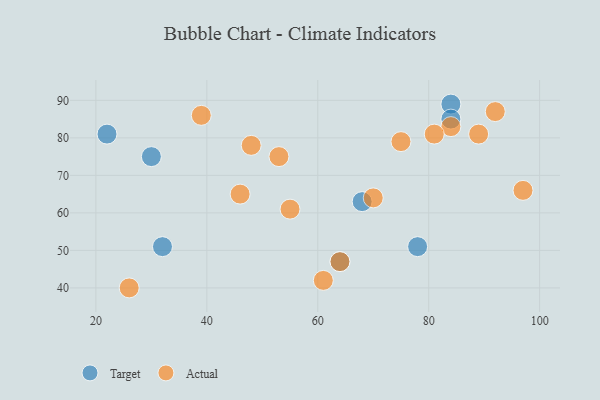
{"axis": {"x": "GDP", "y": "Life Expectancy"}, "legend": ["Actual", "Target"], "data": [{"x": "84", "y": 89, "type": "Target"}, {"x": "84", "y": 85, "type": "Target"}, {"x": "22", "y": 81, "type": "Target"}, {"x": "78", "y": 51, "type": "Target"}, {"x": "64", "y": 47, "type": "Target"}, {"x": "30", "y": 75, "type": "Target"}, {"x": "32", "y": 51, "type": "Target"}, {"x": "68", "y": 63, "type": "Target"}, {"x": "70", "y": 64, "type": "Actual"}, {"x": "89", "y": 81, "type": "Actual"}, {"x": "55", "y": 61, "type": "Actual"}, {"x": "26", "y": 40, "type": "Actual"}, {"x": "48", "y": 78, "type": "Actual"}, {"x": "97", "y": 66, "type": "Actual"}, {"x": "61", "y": 42, "type": "Actual"}, {"x": "46", "y": 65, "type": "Actual"}, {"x": "84", "y": 83, "type": "Actual"}, {"x": "92", "y": 87, "type": "Actual"}, {"x": "39", "y": 86, "type": "Actual"}, {"x": "81", "y": 81, "type": "Actual"}, {"x": "75", "y": 79, "type": "Actual"}, {"x": "64", "y": 47, "type": "Actual"}, {"x": "53", "y": 75, "type": "Actual"}]}